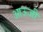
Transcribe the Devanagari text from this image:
आऊजी